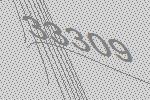
33309